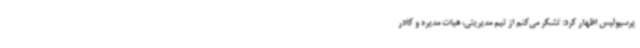
پرسپولیس اظهار کرد: تشکر می‌کنم از تیم مدیریتی، هیات مدیره و کادر